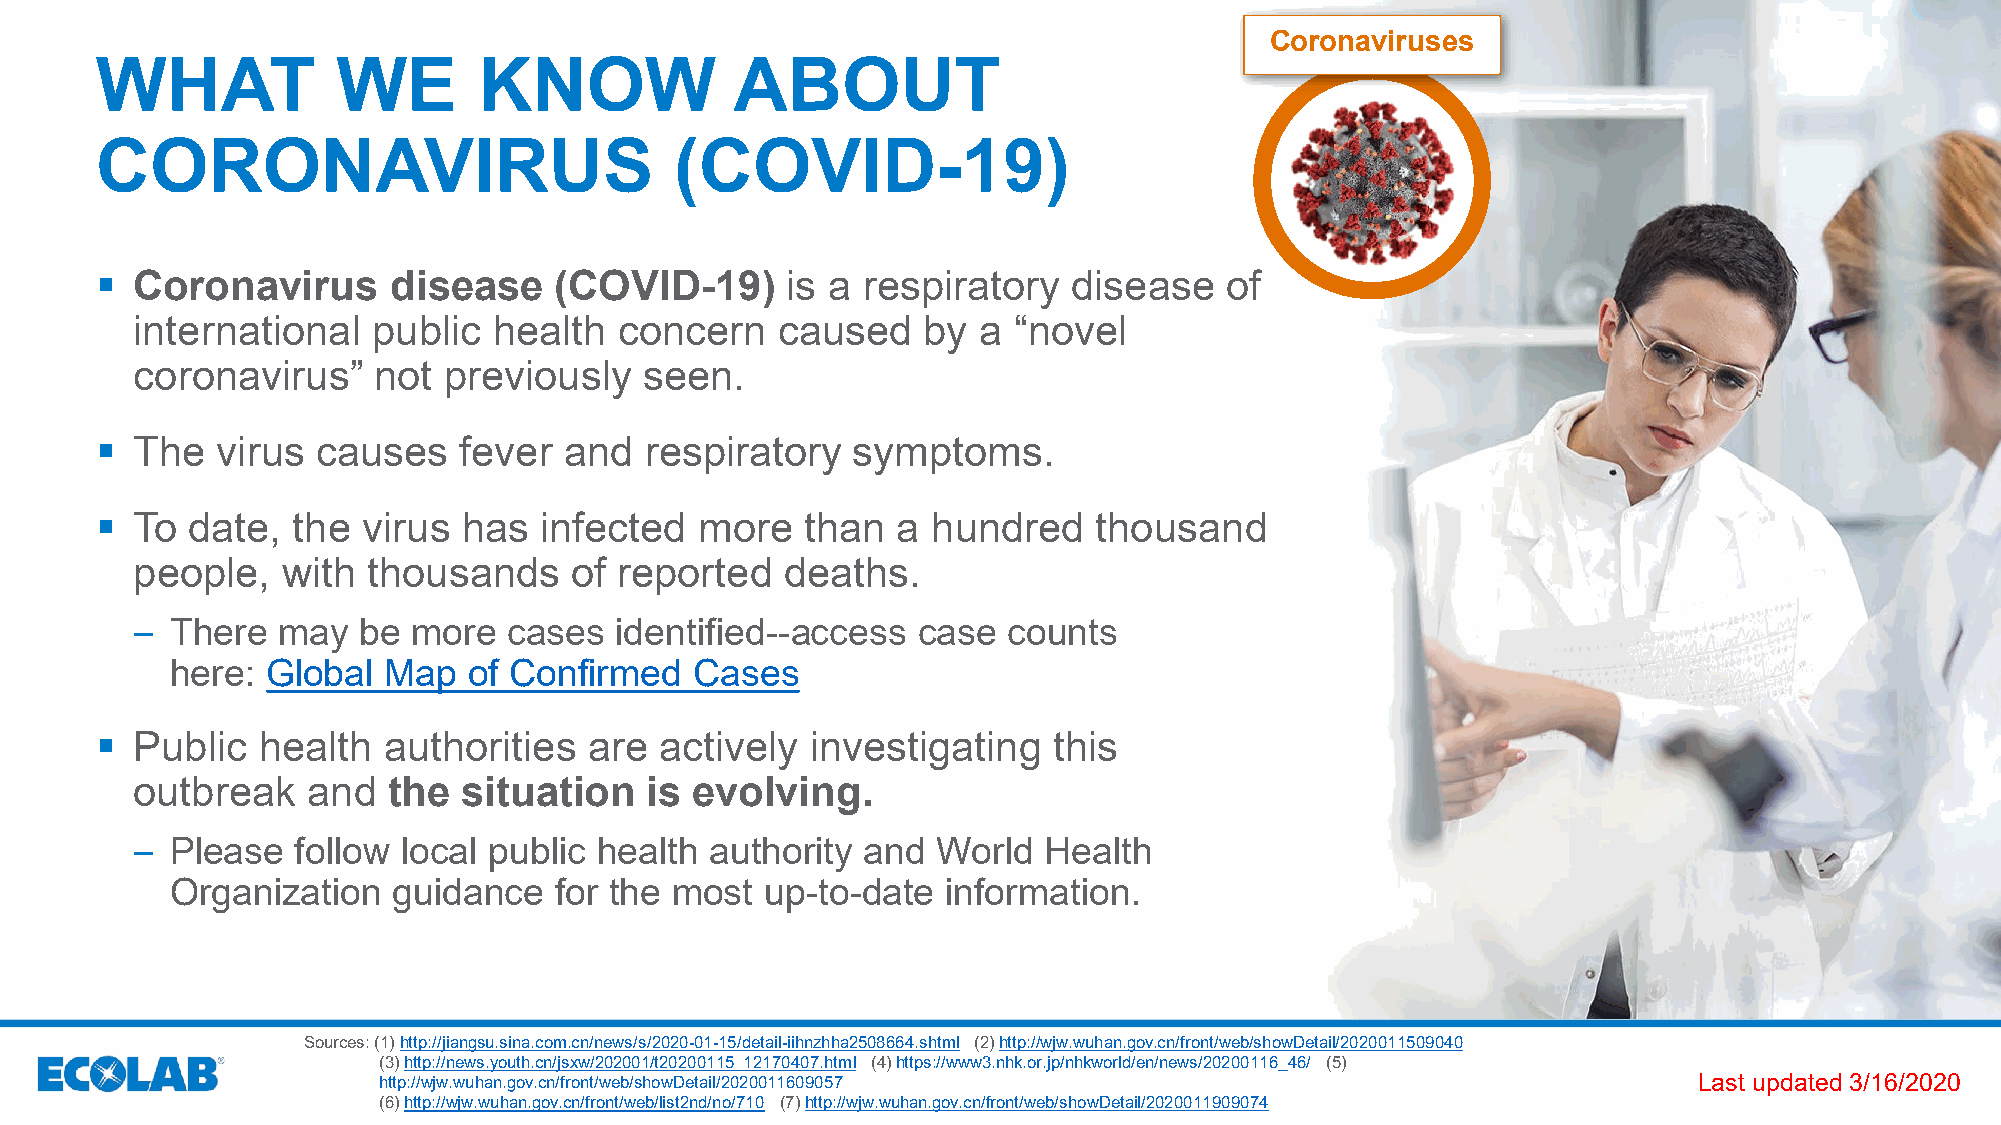
Coronaviruses
 WHAT            WE        KNOW             ABOUT
 CORONAVIRUS                            (COVID-19)
   Coronavirus      disease    (COVID-19)     is a respiratory   disease   of
 international   public  health  concern   caused    by  a “novel
 coronavirus”    not previously    seen.
   The  virus  causes   fever  and   respiratory  symptoms.
   To  date, the  virus  has  infected  more   than  a  hundred    thousand
 people,   with thousands     of reported   deaths.
 – There  may   be more   cases  identified--access  case  counts
 here:  Global Map   of Confirmed   Cases
   Public  health  authorities   are  actively  investigating   this
 outbreak   and   the  situation   is evolving.
 – Please   follow local public health authority and  World  Health
 Organization   guidance   for the most  up-to-date  information.
 Sources: (1) http://jiangsu.sina.com.cn/news/s/2020-01-15/detail-iihnzhha2508664.shtml (2) http://wjw.wuhan.gov.cn/front/web/showDetail/2020011509040
 (3) http://news.youth.cn/jsxw/202001/t20200115_12170407.html (4) https://www3.nhk.or.jp/nhkworld/en/news/20200116_46/ (5)
 http://wjw.wuhan.gov.cn/front/web/showDetail/2020011609057                             Last updated 3/16/2020
 (6) http://wjw.wuhan.gov.cn/front/web/list2nd/no/710 (7)http://wjw.wuhan.gov.cn/front/web/showDetail/2020011909074